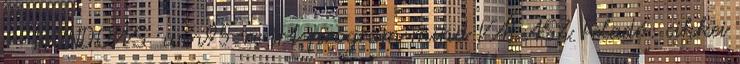
- WINDOWS win95-re irt program mind VÁLASZ Feladó: cikkei